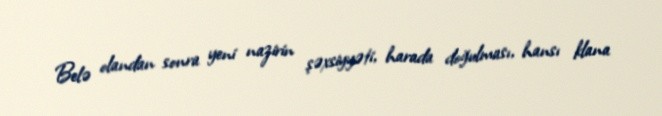
Belə olandan sonra yeni nazirin şəxsiyyəti, harada doğulması, hansı klana